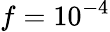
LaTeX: f=10^{-4}